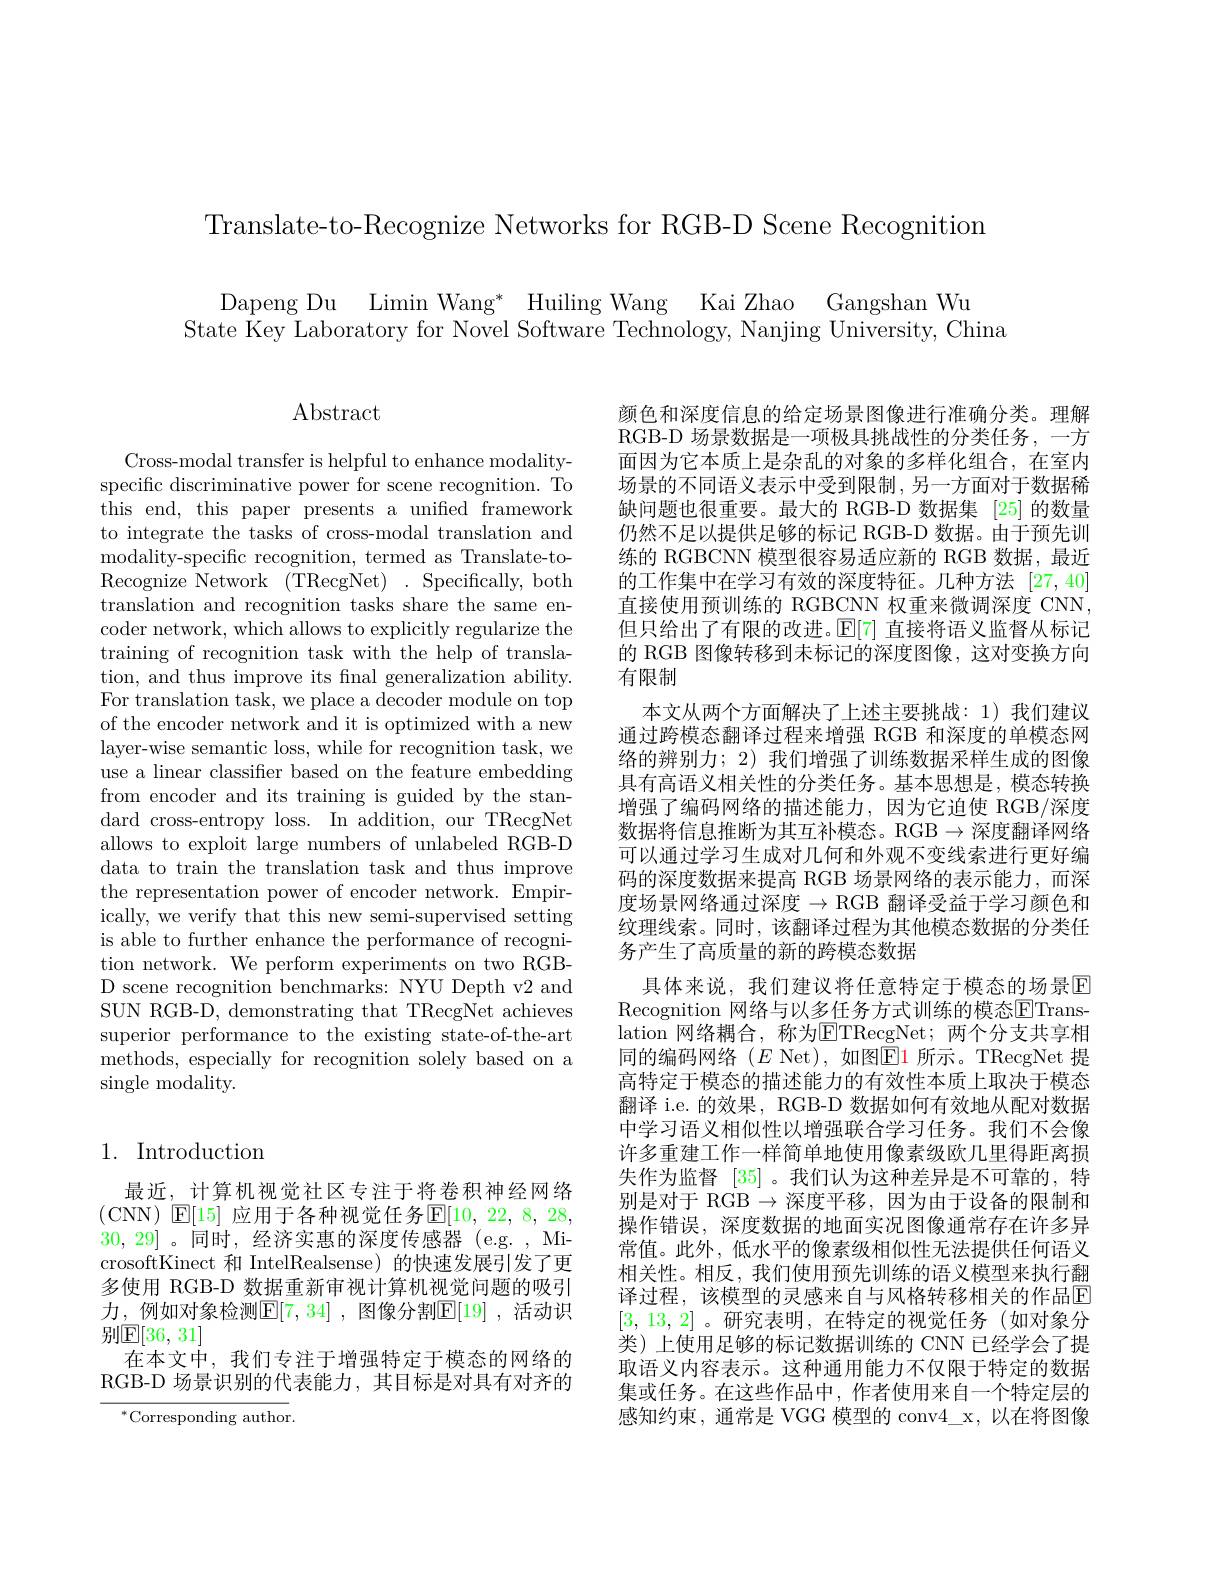
Translate-to-Recognize Networks for RGB-D Scene Recognition

Dapeng Du Limin Wang* Huiling Wang Kai Zhao Gangshan Wu
State Key Laboratory for Novel Software Technology, Nanjing University, China

$\operatorname{Abstract}$

Cross-modal transfer is helpful to enhance modalityspecific discriminative power for scene recognition. To this end, this paper presents a unified framework to integrate the tasks of cross-modal translation and modality-specific recognition, termed as Translate-toRecognize Network (TRecgNet)~.~Specifically,~both translation and recognition tasks share the same encoder network, which allows to explicitly regularize the training of recognition task with the help of translation, and thus improve its final generalization ability. For translation task, we place a decoder module on top of the encoder network and it is optimized with a new layer-wise semantic loss, while for recognition task, we use a linear classifier based on the feature embedding from encoder and its training is guided by the standard cross-entropy loss. In addition, our TRecgNet allows to exploit large numbers of unlabeled RGB-D data to train the translation task and thus improve the representation power of encoder network. Empirically, we verify that this new semi-supervised setting is able to further enhance the performance of recognition network. We perform experiments on two RGBD scene recognition benchmarks: NYU Depth v2 and SUN RGB-D, demonstrating that TRecgNet achieves superior performance to the existing state-of-the-art methods, especially for recognition solely based on a $\operatorname{single}$modality.

颜色和深度信息的给定场景图像进行准确分类。理解RGB-D 场景数据是一项极具挑战性的分类任务，一方面因为它本质上是杂乱的对象的多样化组合，在室内场景的不同语义表示中受到限制，另一方面对于数据稀缺问题也很重要。最大的 RGB-D 数据集 [25] 的数量仍然不足以提供足够的标记 RGB-D 数据。由于预先训练的 RGBCNN 模型很容易适应新的 RGB 数据，最近的工作集中在学习有效的深度特征。几种方法[27,40] 直接使用预训练的 RGBCNN 权重来微调深度 CNN, 但只给出了有限的改进。$\mathbb{E}[7]$直接将语义监督从标记的 RGB 图像转移到未标记的深度图像，这对变换方向有限制
本文从两个方面解决了上述主要挑战：1)我们建议通过跨模态翻译过程来增强 RGB 和深度的单模态网络的辨别力；2) 我们增强了训练数据采样生成的图像具有高语义相关性的分类任务。基本思想是，模态转换增强了编码网络的描述能力，因为它迫使 RGB/深度数据将信息推断为其互补模态。RGB$\to$深度翻译网络可以通过学习生成对几何和外观不变线索进行更好编码的深度数据来提高 RGB 场景网络的表示能力，而深度场景网络通过深度$\to$ RGB 翻译受益于学习颜色和纹理线索。同时，该翻译过程为其他模态数据的分类任务产生了高质量的新的跨模态数据
具体来说，我们建议将任意特定于模态的场景E Recognition 网络与以多任务方式训练的模态$\overline{\mathrm{ETrans-}}$ lation 网络耦合，称为ETRecgNet；两个分支共享相同的编码网络(E Net),如图$\color{red}{\mathrm{E1}}$所示。TRecgNet 提高特定于模态的描述能力的有效性本质上取决于模态翻译 i.e. 的效果，RGB-D 数据如何有效地从配对数据中学习语义相似性以增强联合学习任务。我们不会像许多重建工作一样简单地使用像素级欧几里得距离损失作为监督[35] 。我们认为这种差异是不可靠的，特别是对于 RGB $\to$深度平移，因为由于设备的限制和操作错误，深度数据的地面实况图像通常存在许多异常值。此外，低水平的像素级相似性无法提供任何语义相关性。相反，我们使用预先训练的语义模型来执行翻译过程，该模型的灵感来自与风格转移相关的作品E [3,13,2]。研究表明，在特定的视觉任务(如对象分类)上使用足够的标记数据训练的 CNN 已经学会了提取语义内容表示。这种通用能力不仅限于特定的数据集或任务。在这些作品中，作者使用来自一个特定层的感知约束，通常是 VGG 模型的 conv4\_x, 以在将图像

# 1. Introduction

最近，计算机视觉社区专注于将卷积神经网络(CNN) $\mathsf{E}[15]$ 应用于各种视觉任务$\mathsf{E}[10,22,8,28$, 30,29] 。同时，经济实惠的深度传感器 (e.g. , MicrosoftKinect 和 IntelRealsense) 的快速发展引发了更多使用 RGB-D 数据重新审视计算机视觉问题的吸引力，例如对象检测$\mathbb{E}[7,34]$,图像分割$\mathbb{E}[19]$,活动识别$\mathbb{E}[36,31]$
在本文中，我们专注于增强特定于模态的网络的RGB-D 场景识别的代表能力，其目标是对具有对齐的

$^{*}$Corresponding author